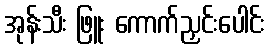
အုန်းသီး ဖြူး ကောက်ညှင်းပေါင်း